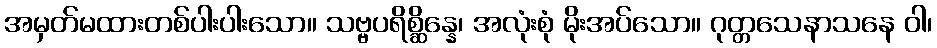
အမှတ်မထားတစ်ပါးပါးသော။ သဗ္ဗပရိစ္ဆိန္နေ၊ အလုံးစုံ မိုးအပ်သော။ ဂုတ္တသေနာသနေ ဝါ၊